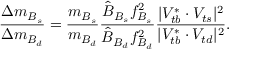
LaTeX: \frac { \Delta m _ { B _ { s } } } { \Delta m _ { B _ { d } } } = \frac { m _ { B _ { s } } } { m _ { B _ { d } } } \frac { \hat { B } _ { B _ { s } } f _ { B _ { s } } ^ { 2 } } { \hat { B } _ { B _ { d } } f _ { B _ { d } } ^ { 2 } } \frac { | V _ { t b } ^ { \ast } \cdot V _ { t s } | ^ { 2 } } { | V _ { t b } ^ { \ast } \cdot V _ { t d } | ^ { 2 } } .